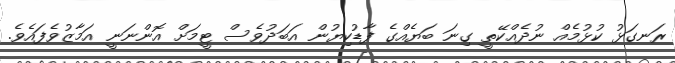
ރަނގަޅު ކުޅުމެއް ނުދެއްކޭތީ ގިނަ ބަޔެއްގެ ފާޑުކިޔުން އަބަދުވެސް ޓީމަށް އޮންނަނީ އަމާޒުވެފައެވެ.